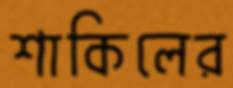
শাকিলের